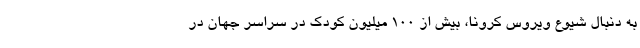
به دنبال شیوع ویروس کرونا، بیش از ۱۰۰ میلیون کودک در سراسر جهان در